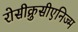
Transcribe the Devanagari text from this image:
रोसीक्रुसीएनिज्म